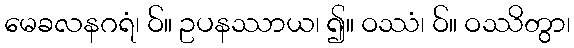
မေခလနဂရံ၊ ဝ်။ ဥပနဿာယ၊ ၍။ ဝဿံ၊ ဝ်။ ဝဿိတွာ၊